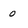
Character: 0